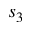
s _ { 3 }